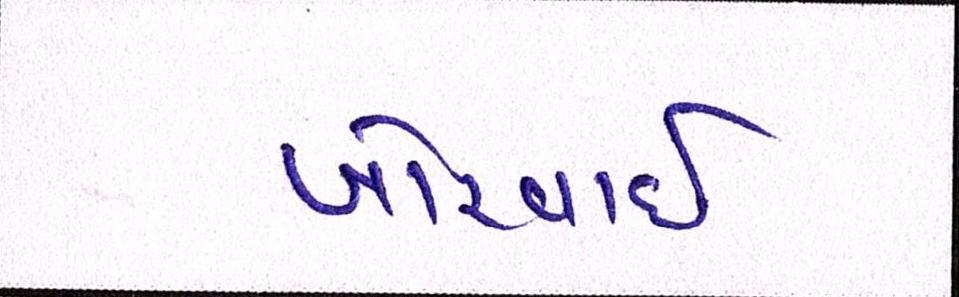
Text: ખોરવાઈ